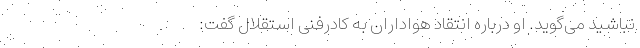
نباشید می‌گوید. او درباره انتقاد هواداران به کادرفنی استقلال گفت: